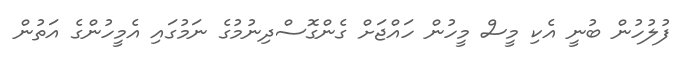
ފުލުހުން ބުނީ އެކި މީސް މީހުން ހައްޖަށް ގެންގޮސްދިނުމުގެ ނަމުގައި އެމީހުންގެ އަތުން